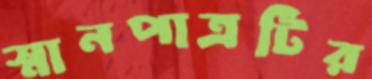
স্নানপাত্রটির